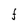
Character: f